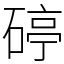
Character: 碠